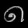
Digit: ၈